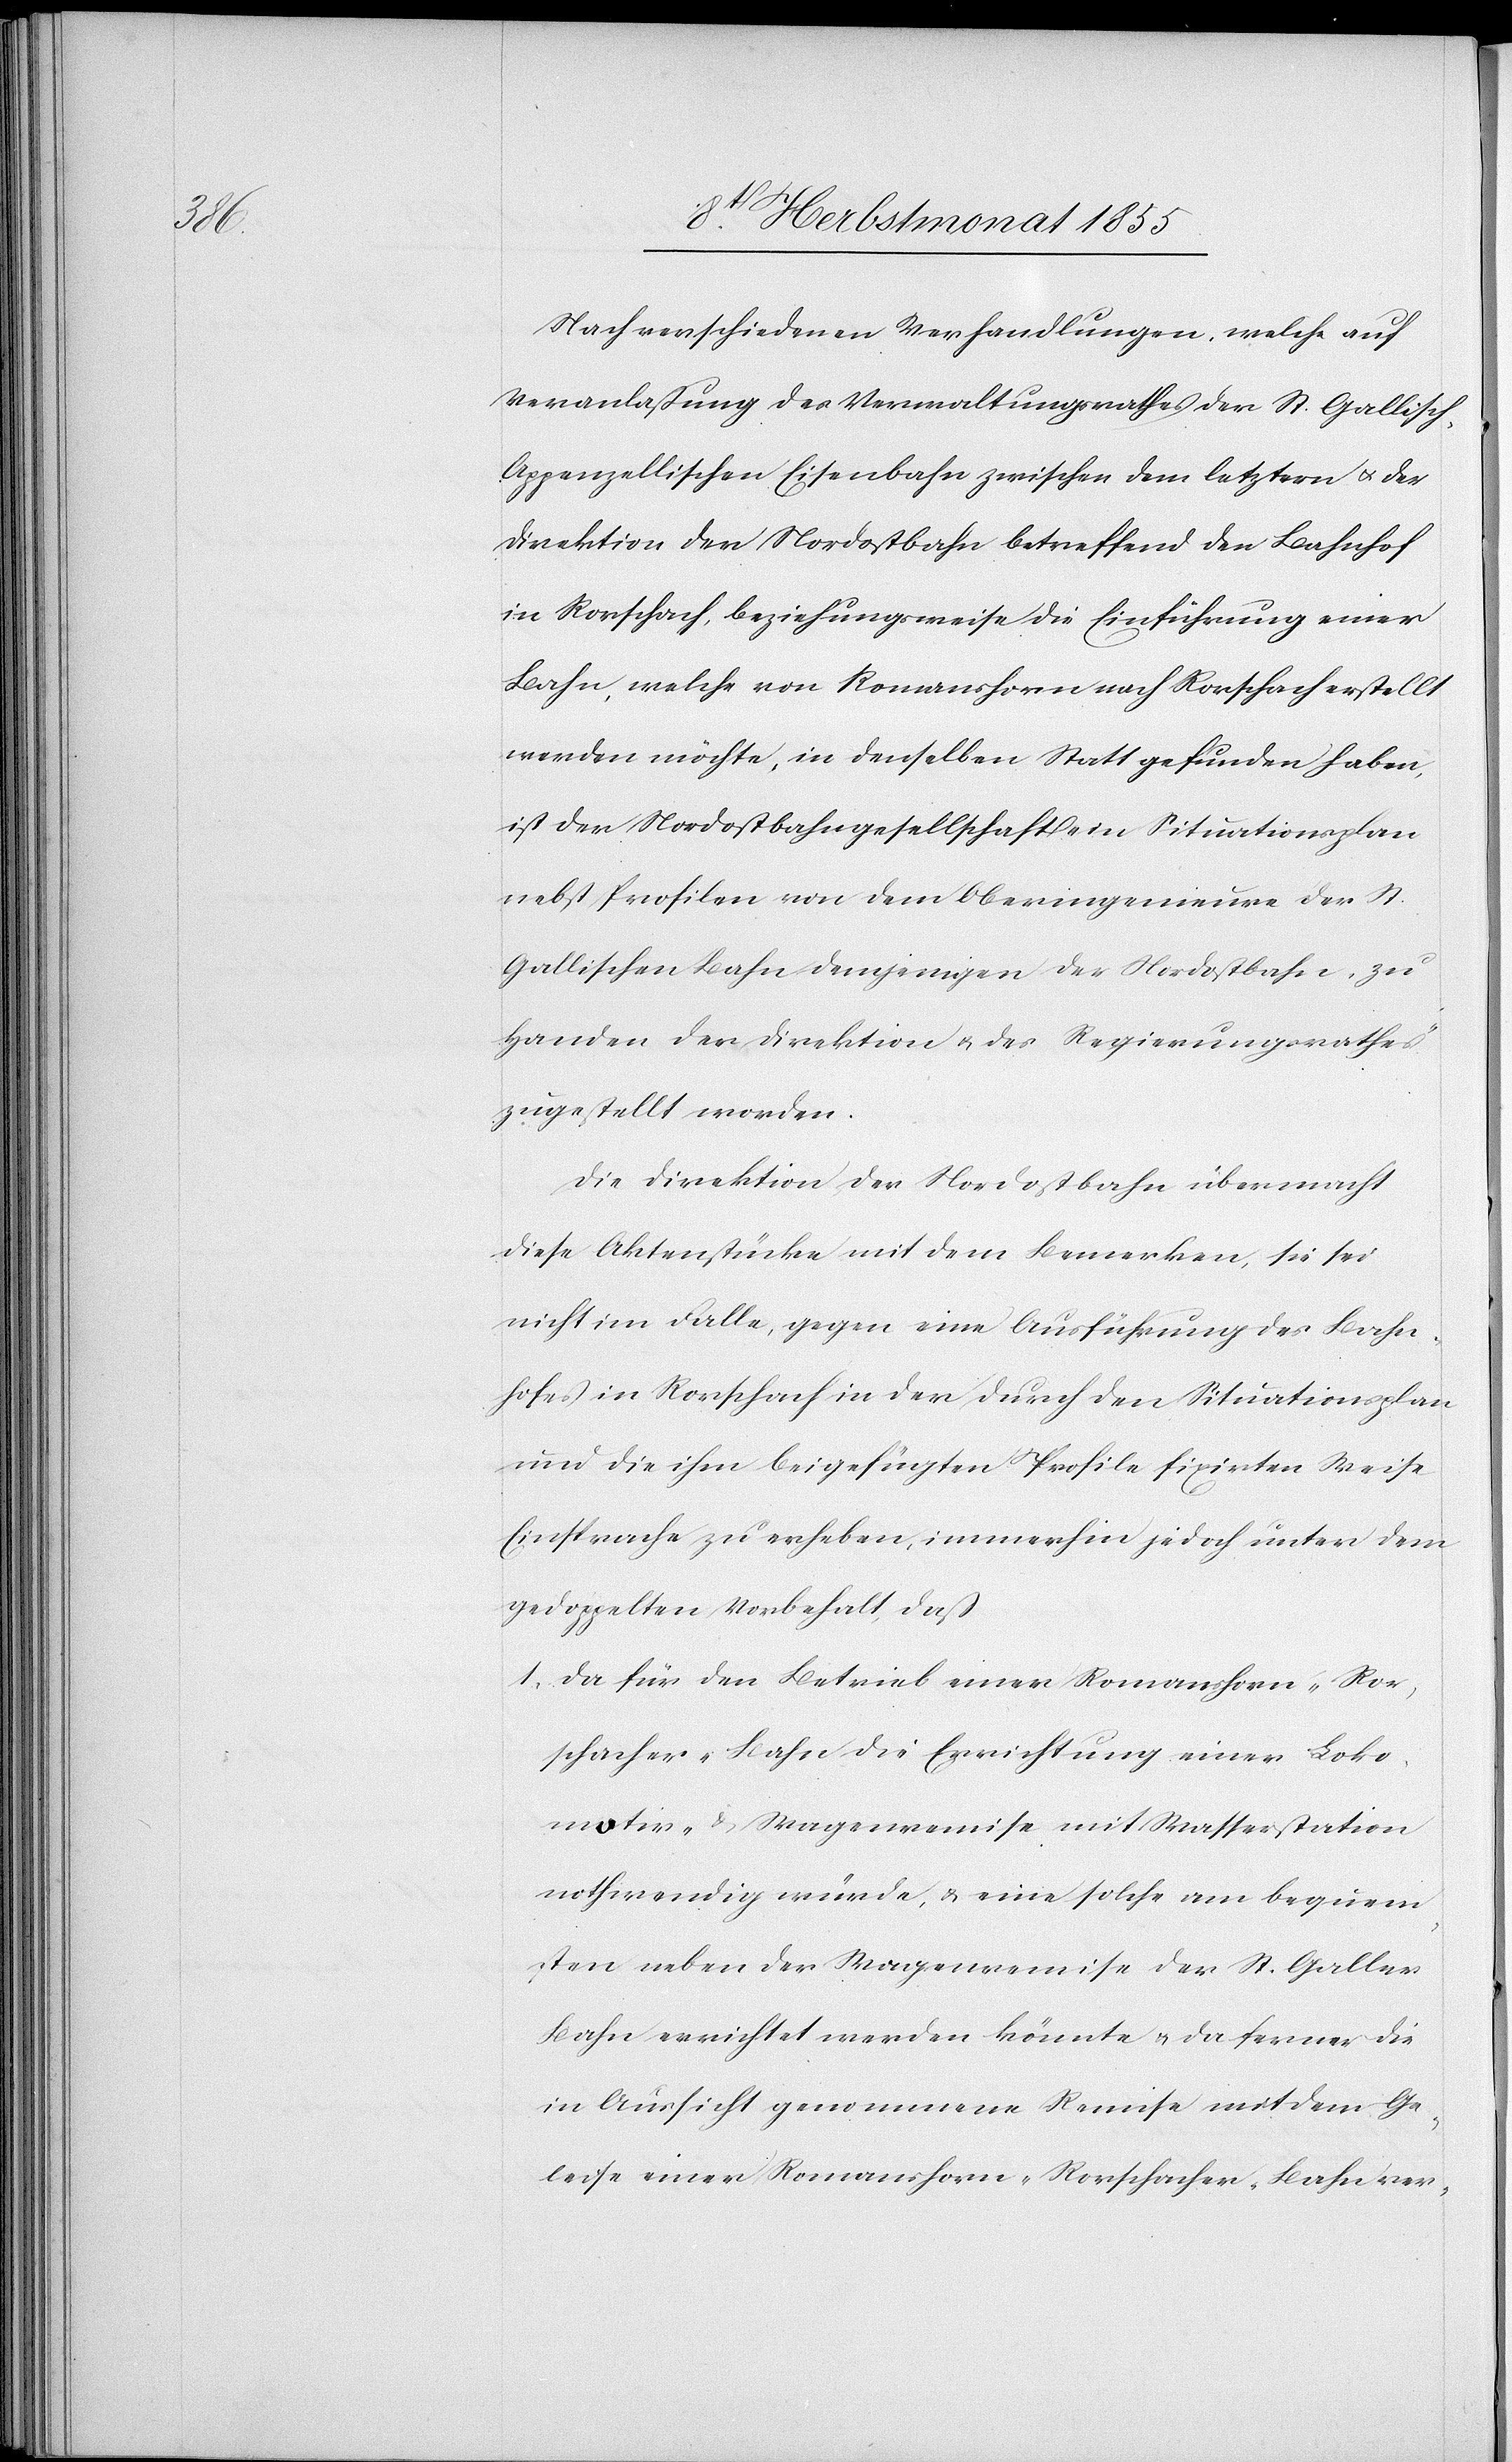
Nach verschiedenen Verhandlungen, welche auf
Veranlaßung des Verwaltungsrathes der St. Gallisch-A¬
ppenzellischen Eisenbahn zwischen dem letztern & der
Direktion der Nordostbahn betreffend den Bahnhof
in Rorschach, beziehungsweise die Einführung einer
Bahn, welche von Romanshorn nach Rorschach erstellt
werden möchte, in denselben Statt gefunden haben,
ist der Nordostbahngesellschaft ein Situationsplan
nebst Profilen von dem Oberingenieure der St.
Gallischen Bahn demjenigen der Nordostbahn, zu
Handen der Direktion & des Regierungsrathes
zugestellt worden.
Die Direktion der Nordostbahn übermacht
diese Aktenstücke mit dem Bemerken, sie sei
nicht im Falle, gegen eine Ausführung des Bahn¬
hofes in Rorschach in der durch den Situationsplan
und die ihm beigefügten Profile fixirten Weise
Einsprache zu erheben, immerhin jedoch unter dem
gedoppelten Vorbehalt, daß
da für den Betrieb einer Romanshorn-Ror¬
schacher-Bahn die Errichtung einer Loko¬
motiv- & Wagenremise mit Wasserstation
nothwendig würde, & eine solche am bequem¬
sten neben der Wagenremise der St. Galler
Bahn errichtet werden könnte & da ferner die
in Aussicht genommene Remise mit dem Ge¬
leise einer Romanshorn-Rorschacher-Bahn ver-